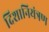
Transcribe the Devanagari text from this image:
दिशानियंत्रण